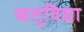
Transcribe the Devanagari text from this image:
ऋतुविद्या